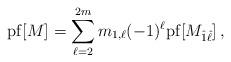
LaTeX: \begin{align*} {\rm pf}[M] = \sum_{\ell =2}^{2m} m_{1, \ell} (-1)^{\ell} {\rm pf}[M_{\hat{1} \hat{\ell}}] \, , \end{align*}